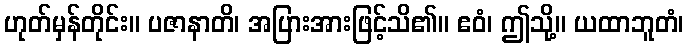
ဟုတ်မှန်တိုင်း။ ပဇာနာတိ၊ အပြားအားဖြင့်သိ၏။ ဧဝံ၊ ဤသို့။ ယထာဘူတံ၊